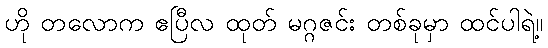
ဟို တလောက ဧပြီလ ထုတ် မဂ္ဂဇင်း တစ်ခုမှာ ထင်ပါရဲ့။